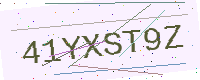
Text: 41YXST9Z